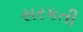
સરકતી